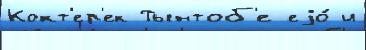
Кокт'ер'ек Тынтоб'е еjо́ и